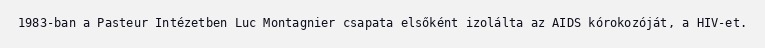
1983-ban a Pasteur Intézetben Luc Montagnier csapata elsőként izolálta az AIDS kórokozóját, a HIV-et.